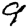
Digit: 9